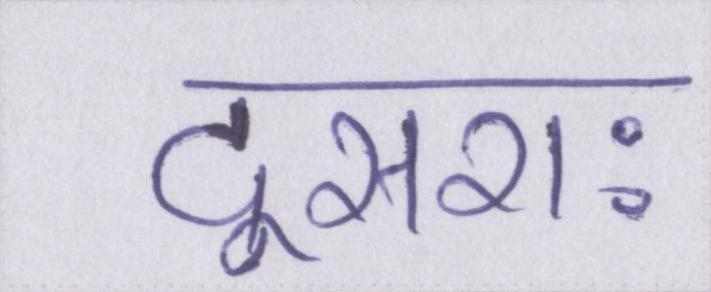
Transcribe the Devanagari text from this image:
दूसराः